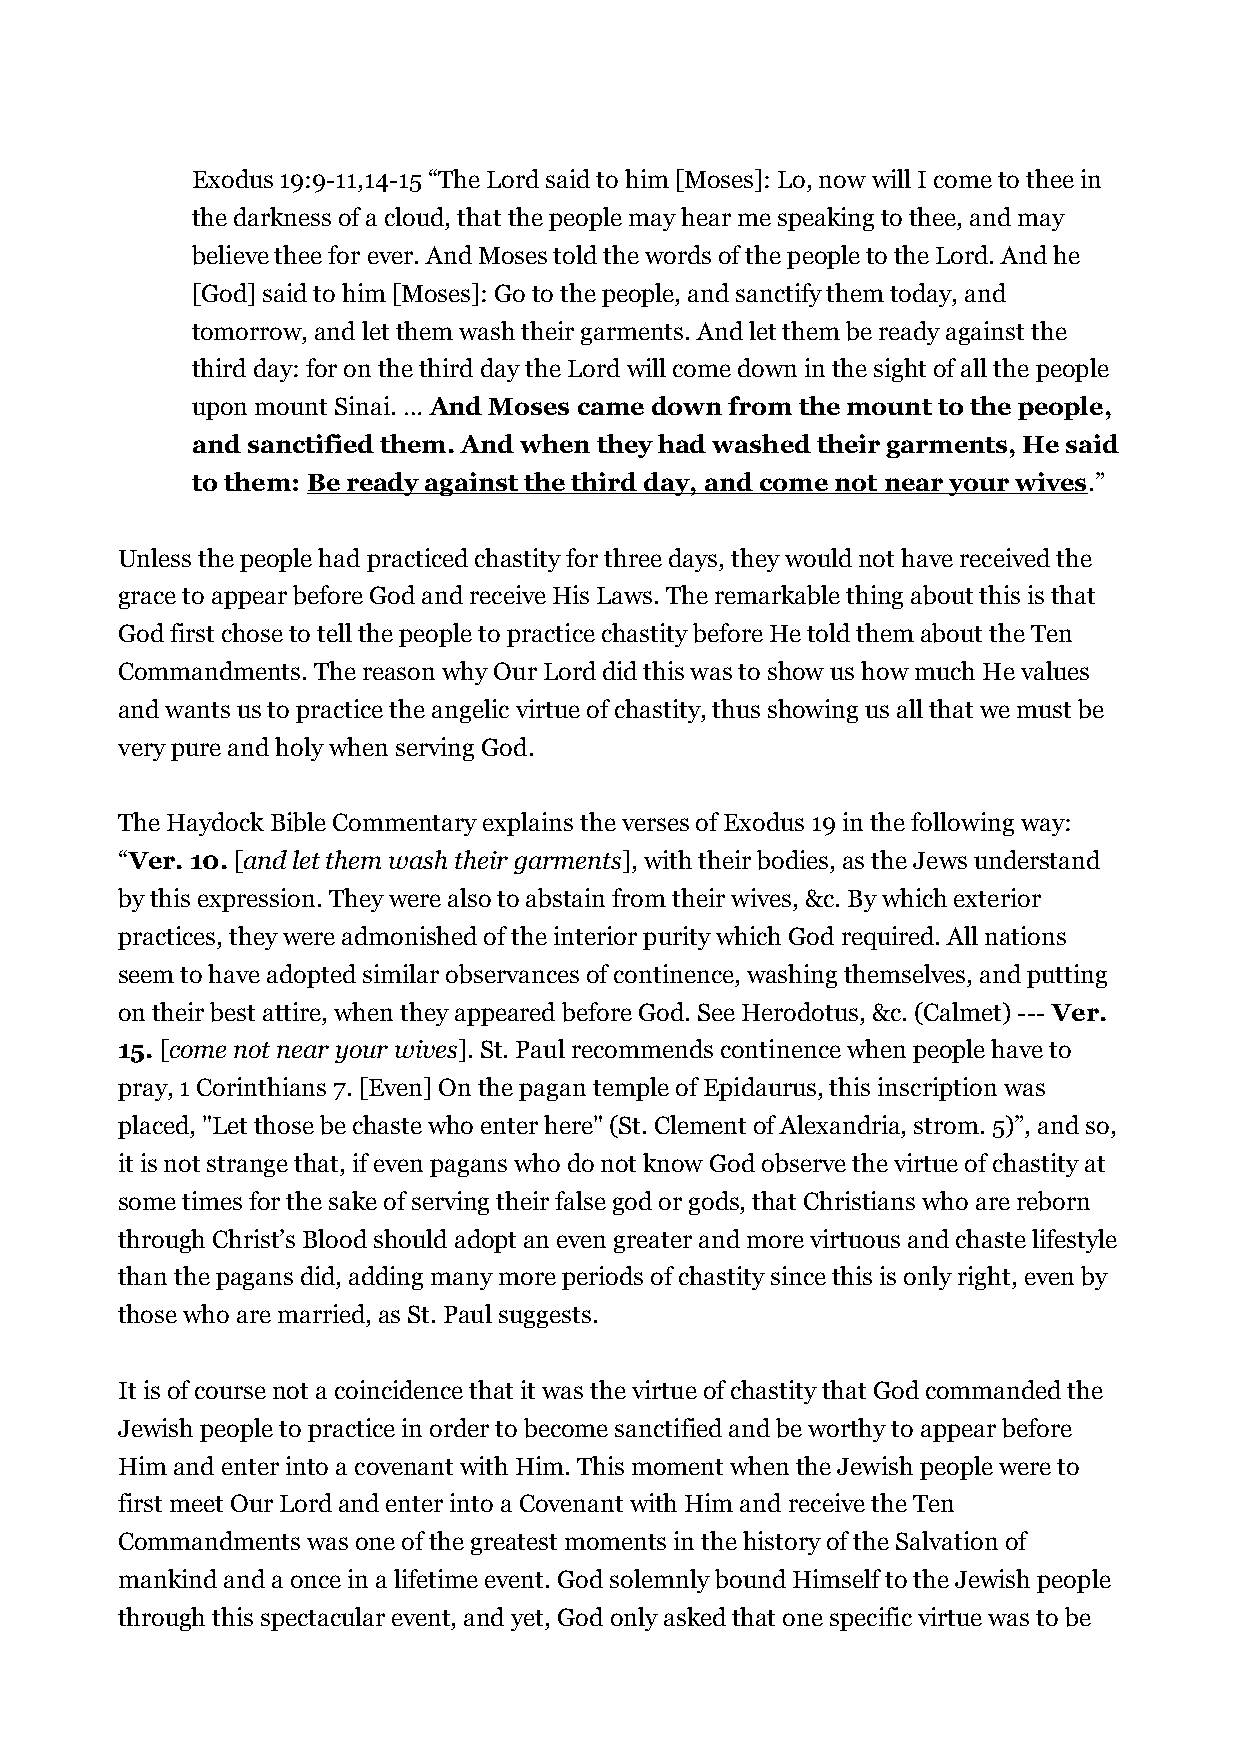
Exodus 19:9-11,14-15 “The Lord said to him [Moses]: Lo, now will I come to thee in
 the darkness of a cloud, that the people may hear me speaking to thee, and may
 believe thee for ever. And Moses told the words of the people to the Lord. And he
 [God] said to him [Moses]: Go to the people, and sanctify them today, and
 tomorrow, and let them wash their garments. And let them be ready against the
 third day: for on the third day the Lord will come down in the sight of all the people
 upon mount Sinai. … And Moses came down from the mount to the people,
 and sanctified them. And when they had washed their garments, He said
 to them: Be ready against the third day, and come not near your wives.”
 Unless the people had practiced chastity for three days, they would not have received the
 grace to appear before God and receive His Laws. The remarkable thing about this is that
 God first chose to tell the people to practice chastity before He told them about the Ten
 Commandments. The reason why Our Lord did this was to show us how much He values
 and wants us to practice the angelic virtue of chastity, thus showing us all that we must be
 very pure and holy when serving God.
 The Haydock Bible Commentary explains the verses of Exodus 19 in the following way:
 “Ver. 10. [and let them wash their garments], with their bodies, as the Jews understand
 by this expression. They were also to abstain from their wives, &c. By which exterior
 practices, they were admonished of the interior purity which God required. All nations
 seem to have adopted similar observances of continence, washing themselves, and putting
 on their best attire, when they appeared before God. See Herodotus, &c. (Calmet) --- Ver.
 15. [come not near your wives]. St. Paul recommends continence when people have to
 pray, 1 Corinthians 7. [Even] On the pagan temple of Epidaurus, this inscription was
 placed, "Let those be chaste who enter here" (St. Clement of Alexandria, strom. 5)”, and so,
 it is not strange that, if even pagans who do not know God observe the virtue of chastity at
 some times for the sake of serving their false god or gods, that Christians who are reborn
 through Christ’s Blood should adopt an even greater and more virtuous and chaste lifestyle
 than the pagans did, adding many more periods of chastity since this is only right, even by
 those who are married, as St. Paul suggests.
 It is of course not a coincidence that it was the virtue of chastity that God commanded the
 Jewish people to practice in order to become sanctified and be worthy to appear before
 Him and enter into a covenant with Him. This moment when the Jewish people were to
 first meet Our Lord and enter into a Covenant with Him and receive the Ten
 Commandments was one of the greatest moments in the history of the Salvation of
 mankind and a once in a lifetime event. God solemnly bound Himself to the Jewish people
 through this spectacular event, and yet, God only asked that one specific virtue was to be